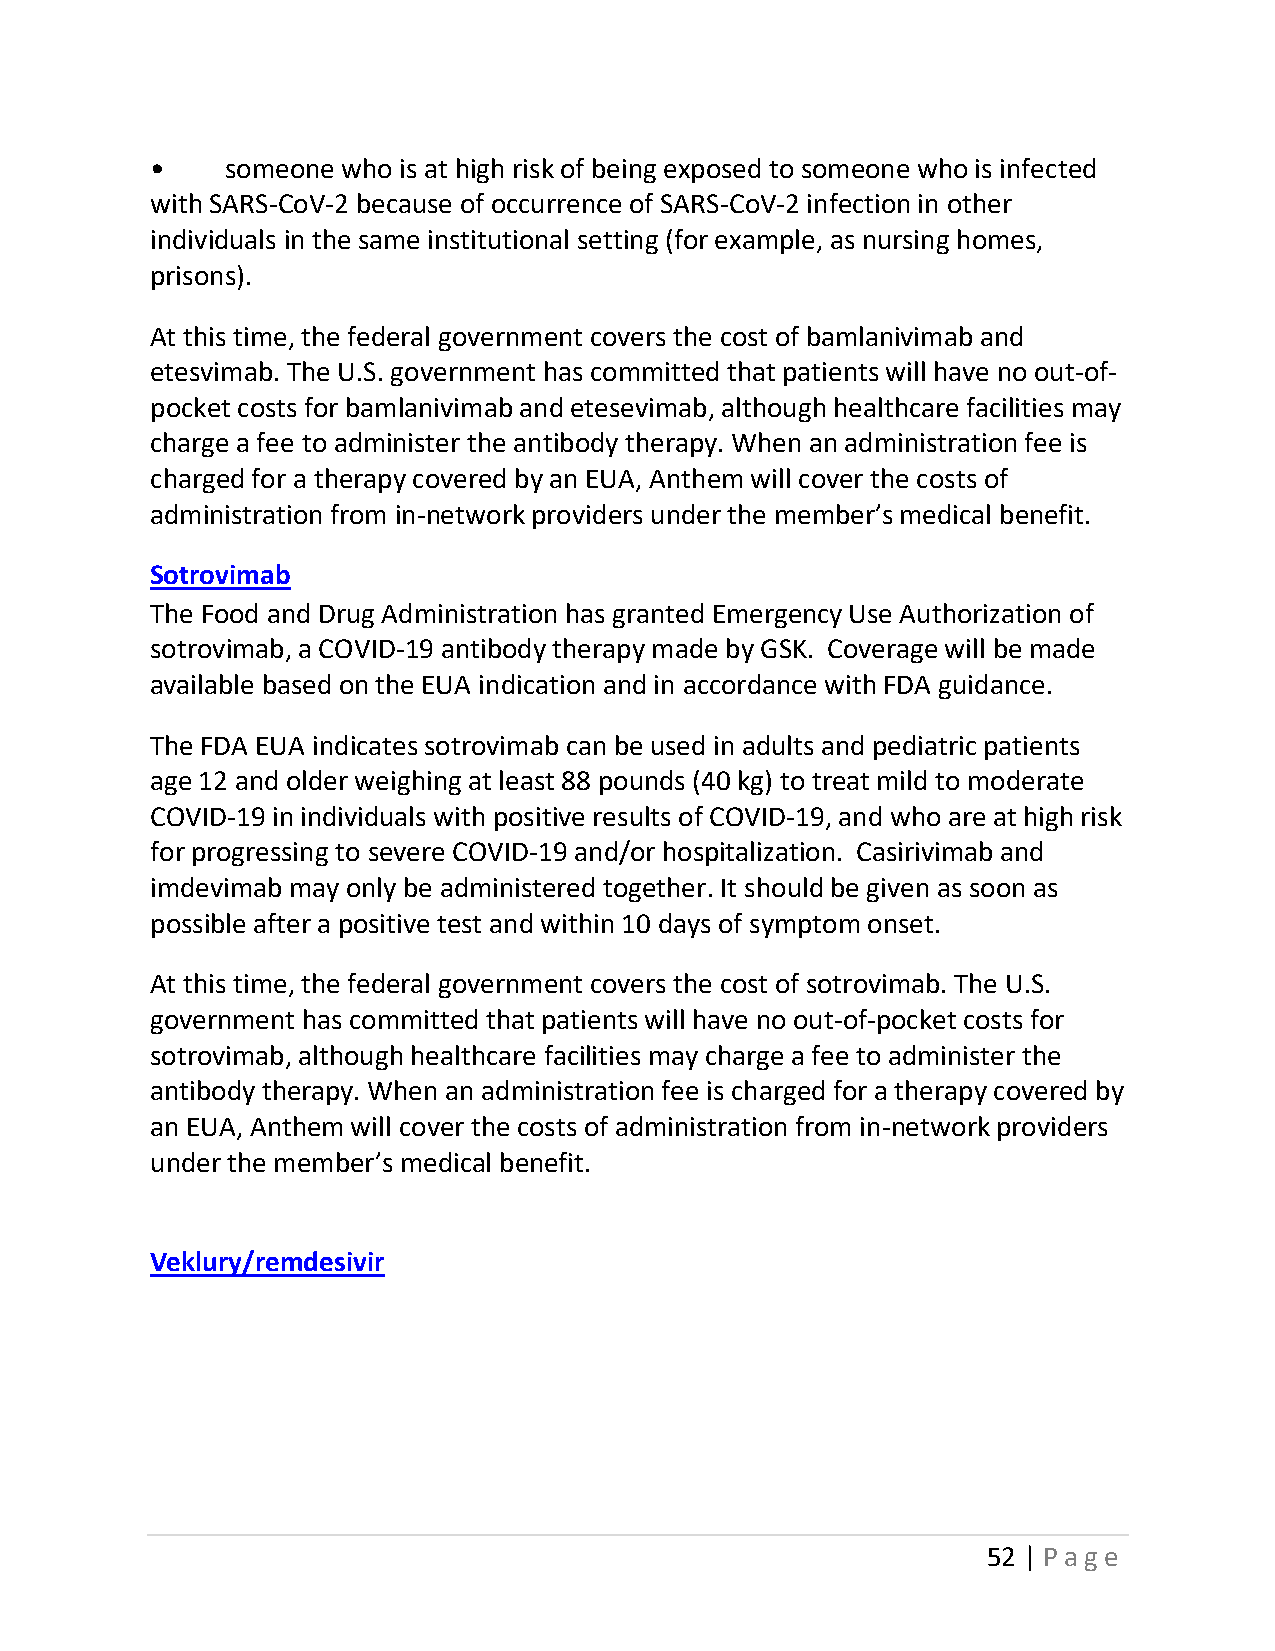
•    someone who is at high risk of being exposed to someone who is infected
 with SARS-CoV-2 because of occurrence of SARS-CoV-2 infection in other
 individuals in the same institutional setting (for example, as nursing homes,
 prisons).
 At this time, the federal government covers the cost of bamlanivimab and
 etesvimab. The U.S. government has committed that patients will have no out-of-
 pocket costs for bamlanivimab and etesevimab, although healthcare facilities may
 charge a fee to administer the antibody therapy. When an administration fee is
 charged for a therapy covered by an EUA, Anthem will cover the costs of
 administration from in-network providers under the member’s medical benefit.
 Sotrovimab
 The Food and Drug Administration has granted Emergency Use Authorization of
 sotrovimab, a COVID-19 antibody therapy made by GSK. Coverage will be made
 available based on the EUA indication and in accordance with FDA guidance.
 The FDA EUA indicates sotrovimab can be used in adults and pediatric patients
 age 12 and older weighing at least 88 pounds (40 kg) to treat mild to moderate
 COVID-19 in individuals with positive results of COVID-19, and who are at high risk
 for progressing to severe COVID-19 and/or hospitalization. Casirivimab and
 imdevimab may only be administered together. It should be given as soon as
 possible after a positive test and within 10 days of symptom onset.
 At this time, the federal government covers the cost of sotrovimab. The U.S.
 government has committed that patients will have no out-of-pocket costs for
 sotrovimab, although healthcare facilities may charge a fee to administer the
 antibody therapy. When an administration fee is charged for a therapy covered by
 an EUA, Anthem will cover the costs of administration from in-network providers
 under the member’s medical benefit.
 Veklury/remdesivir
 52 | Page